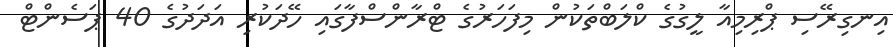
އިނގިރޭސި ޕްރިމިއާ ލީގުގެ ކްލަބްތަކުން މިފަހަރުގެ ޓްރާންސްފާގައި ހޭދަކުރި އަދަދުގެ 40 ޕަސެންޓް